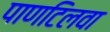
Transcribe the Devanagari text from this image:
पाणटिलवा